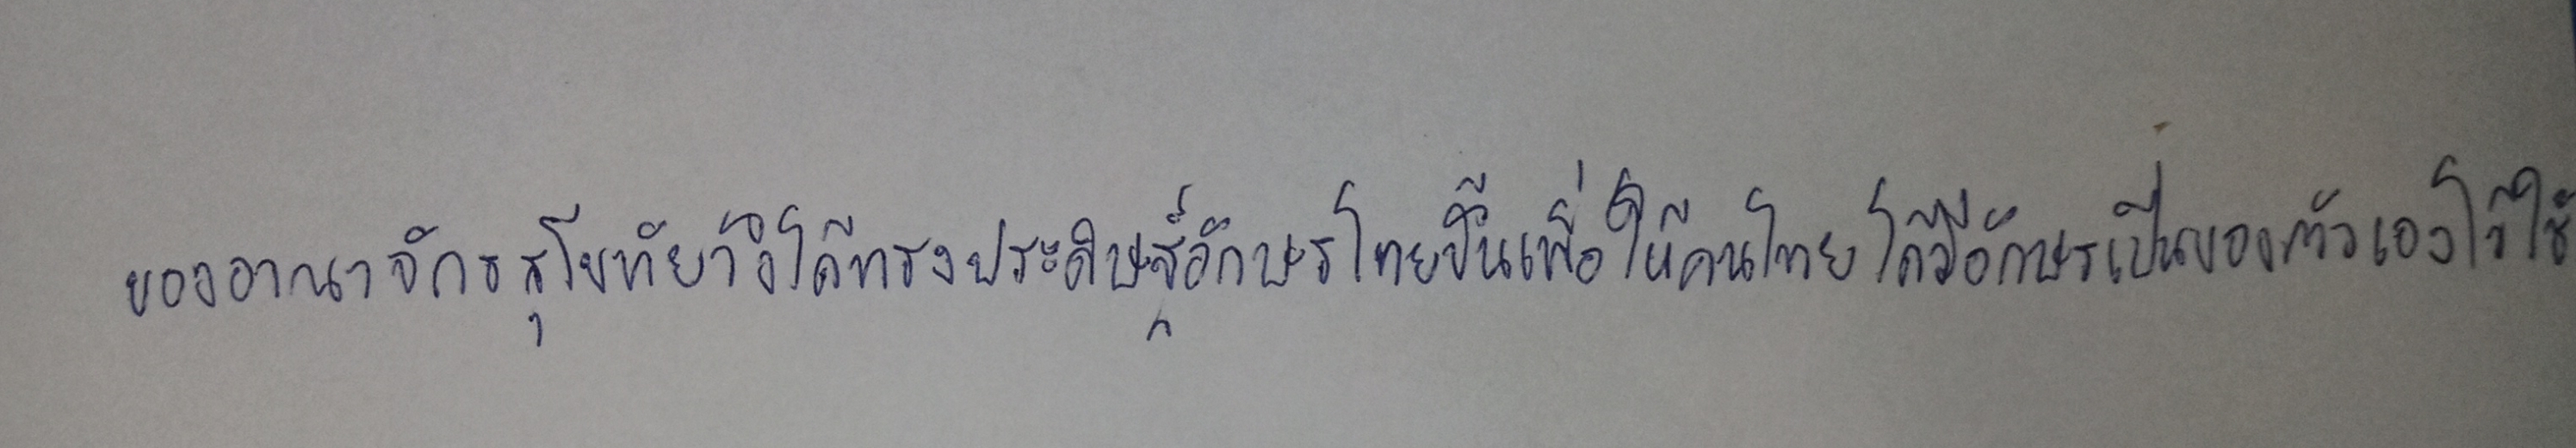
ของอาณาจักรสุโขทัยจึงได้ทรงประดิษฐ์อักษรไทยขึ้นเพื่อให้คนไทยได้มีอักษรของตัวเองไว้ใช้